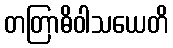
တတြာဓိဝါသယေတိ